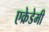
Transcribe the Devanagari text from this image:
एक्रेडेमी